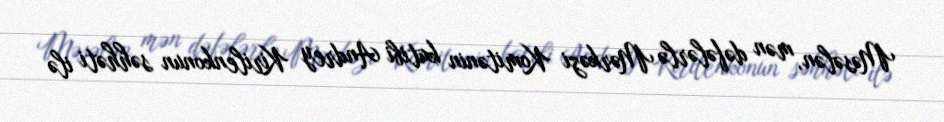
Məsələn, mən dəfələrlə Mərkəzi Komitənin katibi Andrey Kirilenkonun səhhəti ilə